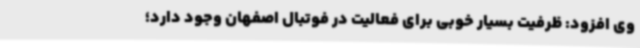
وی افزود: ظرفیت بسیار خوبی برای فعالیت در فوتبال اصفهان وجود دارد؛